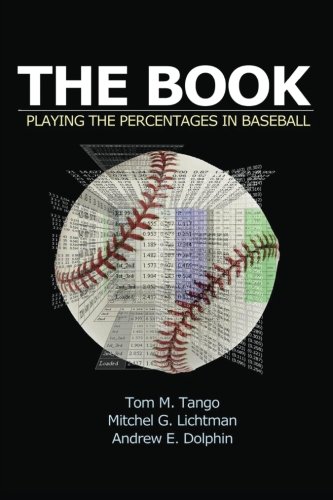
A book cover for The Book: Playing The Percentages In Baseball; Tom Tango; Sports & Outdoors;